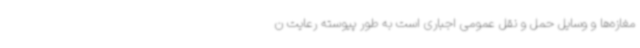
مغازه‌ها و وسایل حمل و نقل عمومی اجباری است به طور پیوسته رعایت ن